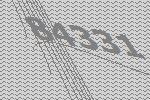
84331